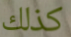
كذلك